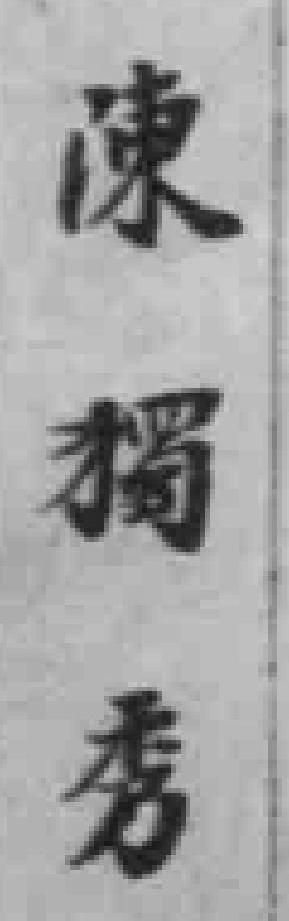
陳獨秀